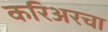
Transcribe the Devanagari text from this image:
करिअरचा